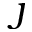
\jmath